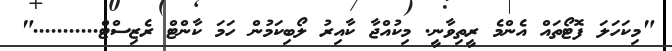
"މިކަހަލަ ފޮޓޯތައް އެންމެ ރީތިވާނީ. މިކުއްޖާ ކާއިރު ލޯބިކަމުން ހަމަ ކާންޓް ރެޒިސްޓް..........."